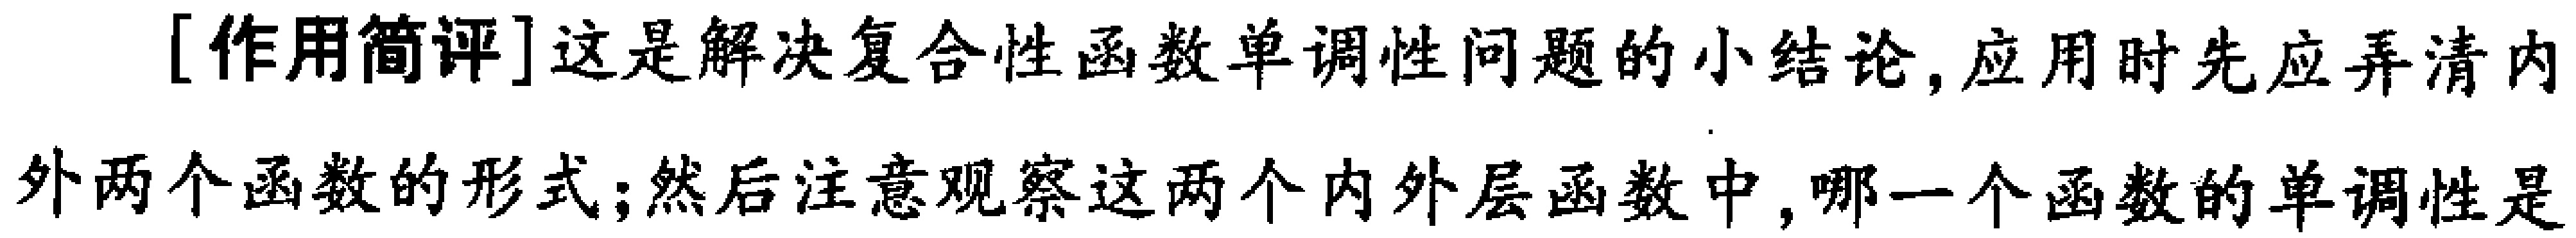
[作用简评]这是解决复合性函数单调性问题的小结论, 应用时先应弄清内

外两个函数的形式; 然后注意观察这两个内外层函数中, 哪一个函数的单调性是